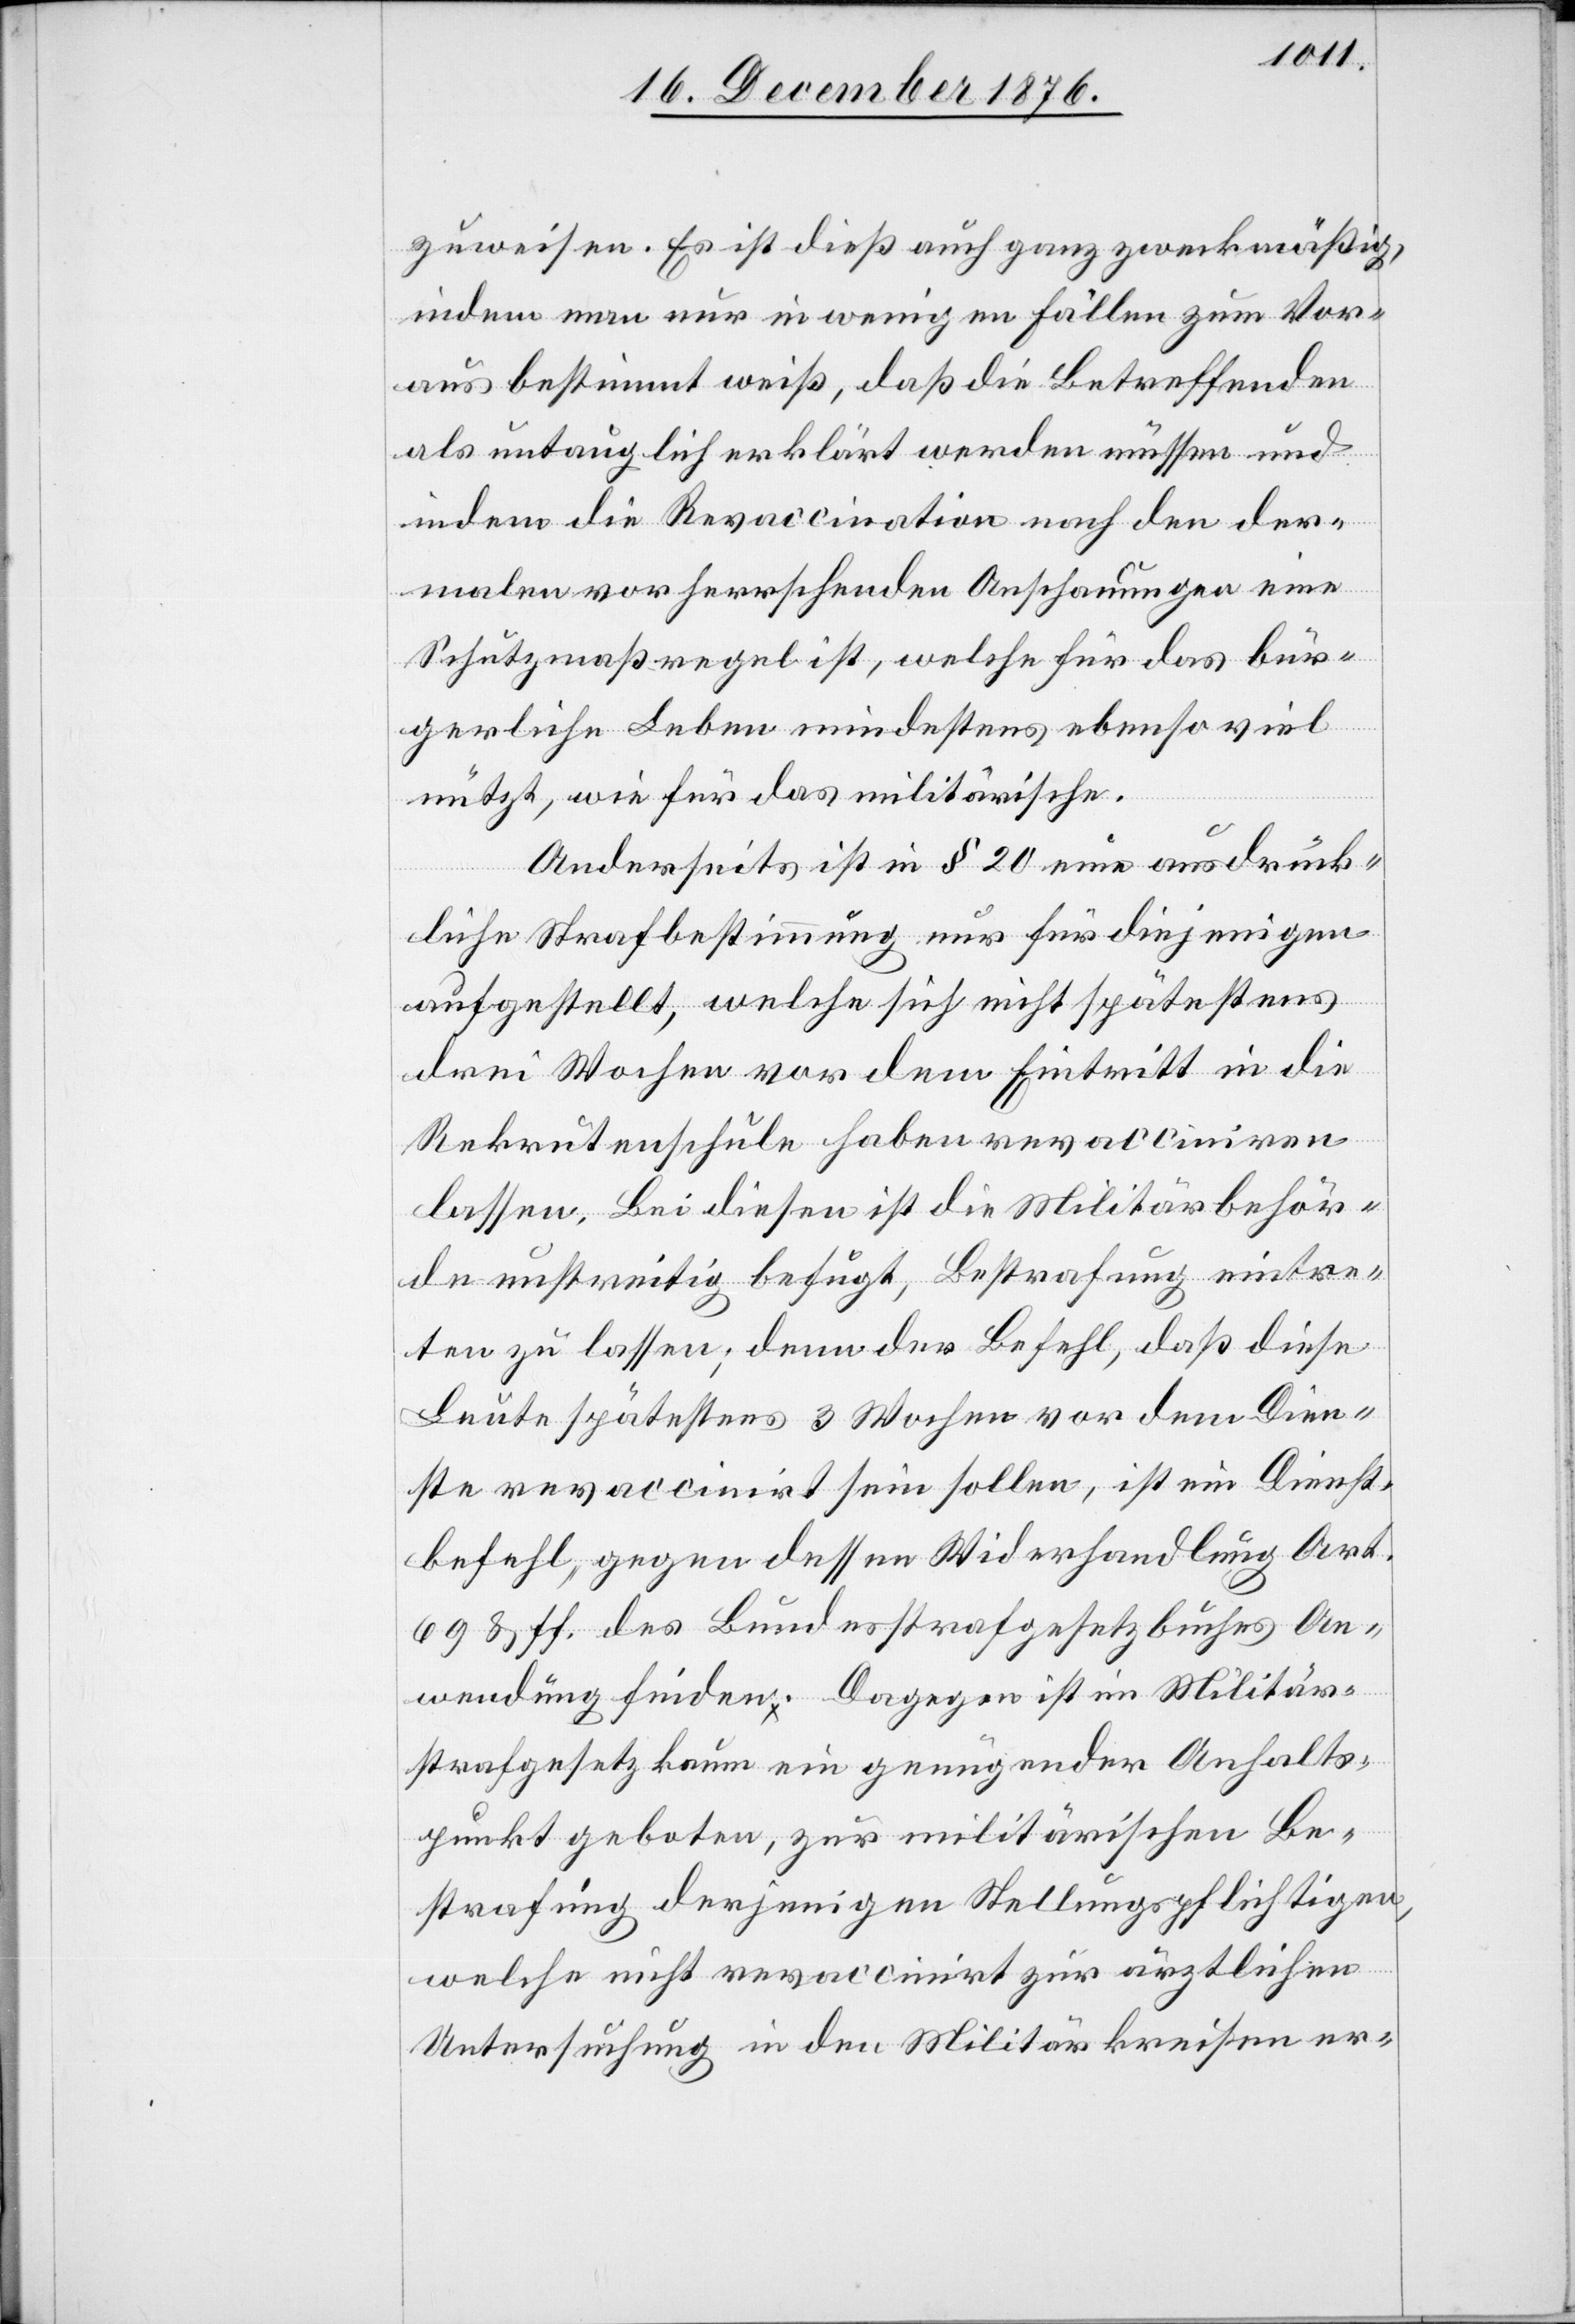
zuweisen. Es ist dieß auch ganz zweckmäßig,
indem man nur in wenigen Fällen zum Vor¬
aus bestimmt weiß, daß die Betreffenden
als untauglich erklärt werden müssen und
indem die Revaccination nach den der¬
malen vorherrschenden Anschauungen eine
Schutzmaßregel ist, welche für das bür¬
gerliche Leben mindestens ebenso viel
nützt, wie für das militärische.
Anderseits ist in § 20 eine ausdrück¬
liche Strafbestimmung nur für diejenigen
aufgestellt, welche sich nicht spätestens
drei Wochen vor dem Eintritt in die
Rekrutenschule haben revacciniren
lassen. Bei diesen ist die Militärbehör¬
de unstreitig befugt, Bestrafung eintre¬
ten zu lassen; denn der Befehl, daß diese
Leute spätestens 3 Wochen vor dem Dien¬
ste revaccinirt sein sollen, ist ein Dienst¬
befehl, gegen dessen Widerhandlung Art.
69 & ff. des Bundesstrafgesetzbuches An¬
wendung finden. Dagegen ist im Militär¬
strafgesetz kaum ein genügender Anhalts¬
punkt geboten, zur militärischen Be¬
strafung derjenigen Stellungspflichtigen,
welche nicht revaccinirt zur ärztlichen
Untersuchung in den Militärkreisen er-